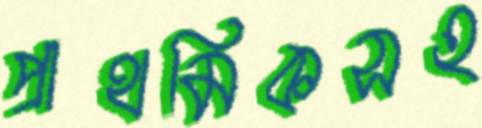
প্রাথমিকসহ